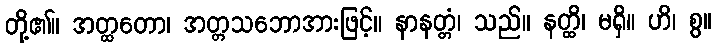
တို့၏။ အတ္ထတော၊ အတ္တသဘောအားဖြင့်။ နာနတ္တံ၊ သည်။ နတ္ထိ၊ မရှိ။ ဟိ၊ စွ။